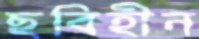
ছবিহীন